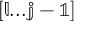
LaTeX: \mathbb { [ l . . . j - 1 ] }